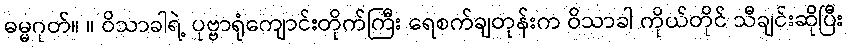
ဓမ္မဂုတ်။ ။ ဝိသာခါရဲ့ ပုဗ္ဗာရုံကျောင်းတိုက်ကြီး ရေစက်ချတုန်းက ဝိသာခါ ကိုယ်တိုင် သီချင်းဆိုပြီး